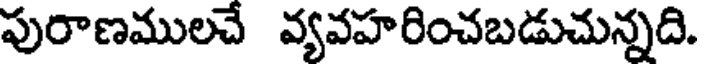
పురాణములచే వ్యవహరించబడుచున్నది.